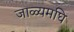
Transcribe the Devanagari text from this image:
जाळ्यमघि